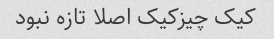
کیک چیزکیک اصلا تازه نبود